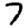
Digit: 7